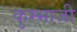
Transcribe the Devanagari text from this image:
कुम्भाजी